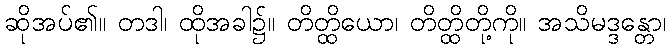
ဆိုအပ်၏။ တဒါ၊ ထိုအခါ၌။ တိတ္ထိယော၊ တိတ္ထိတို့ကို။ အသိမဒ္ဒန္တော၊